Civil Veterinary Department Bihar reports 1940-50 - 1940-1950
Year: 1940
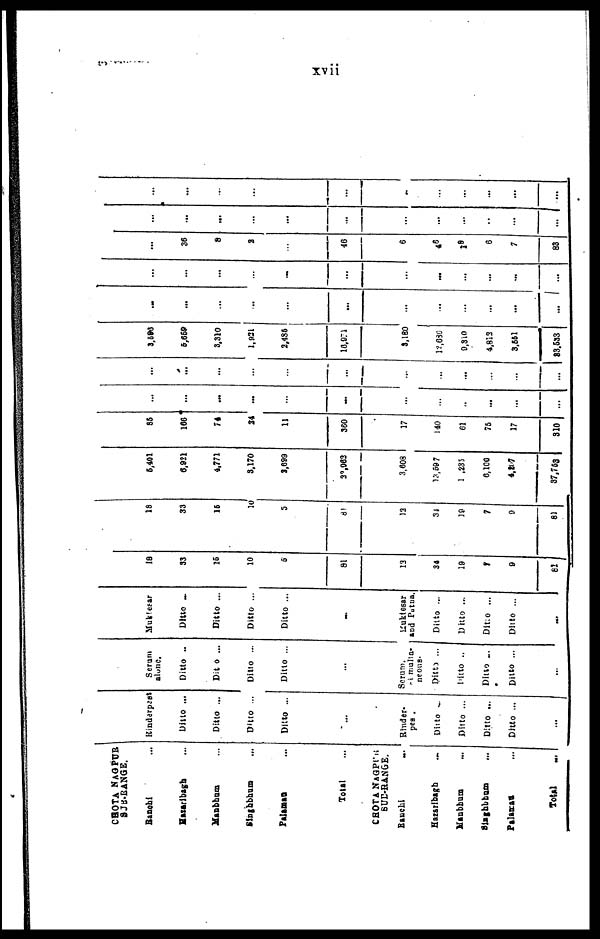
xvii
CHOTA NAGPUR
SUB-RANGE.
Ranchi ...
Hazaribagh ...
Manbhum ...
Singhbhum ...
Palamau ...
Totol ...
CHOTA NAGPUR
SUB-RANGE.
Ranchi ...
Hazarlbagh ...
Manbhum ...
Singhbhum ...
Palamau ...
Total ...
Rinderpest
Ditto ...
Ditto ...
Ditto ...
Ditto ...
...
Rinder-
pes.
Ditto ...
Ditto ...
Ditto ...
Ditto ...
...
Serum
alone.
Ditto ..
Ditto ...
Ditto ...
Ditto ...
...
Serum.
simulta-
neous.
Ditto ...
Ditto ..
Ditto ...
Ditto ...
...
Muktesar
Ditto ...
Ditto ...
Ditto ...
Ditto ...
...
Muktesar
and Patna.
Ditto ...
Ditto ...
Ditto ...
Ditto ...
...
18
33
25
10
5
81
12
34
19
7
9
81
18
33
16
10
5
81
12
34
39
7
9
81
5,401
6,921
4,771
3,170
2,699
32,062
3,608
13,59 7
1 ,235
6,100
4,207
37,763
85
166
74
24
11
360
17
140
61
76
17
310
...
...
...
...
...
...
...
...
..
...
...
...
...
...
...
...
...
...
...
...
...
...
...
...
3,593
5,659
3,310
1,921
2,435
10,971
3,180
12,680
9,310
4,812
3,651
33,533
...
...
...
...
...
...
...
...
...
...
...
...
...
...
...
...
...
...
...
...
...
...
...
...
...
36
8
2
...
46
6
46
18
6
7
83
...
...
...
...
...
...
...
...
...
...
...
...
...
...
...
...
...
...
...
...
...
...
...
...